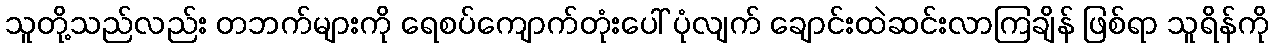
သူတို့သည်လည်း တဘက်များကို ရေစပ်ကျောက်တုံးပေါ် ပုံလျက် ချောင်းထဲဆင်းလာကြချိန် ဖြစ်ရာ သူရိန်ကို